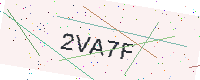
Text: 2VA7F